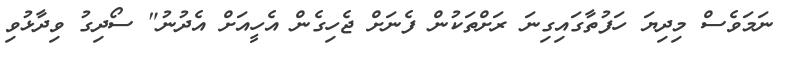
ނަމަވެސް މިދިޔަ ހަފުތާގައިގިނަ ރަށްތަކުން ފެނަށް ޖެހިގެން އެހީއަށް އެދުނު" ސޯދިގު ވިދާޅުވި